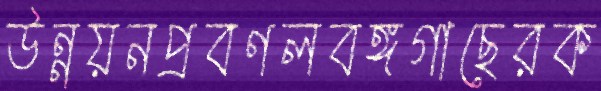
উন্নয়নপ্রবণলবঙ্গগাছেরক